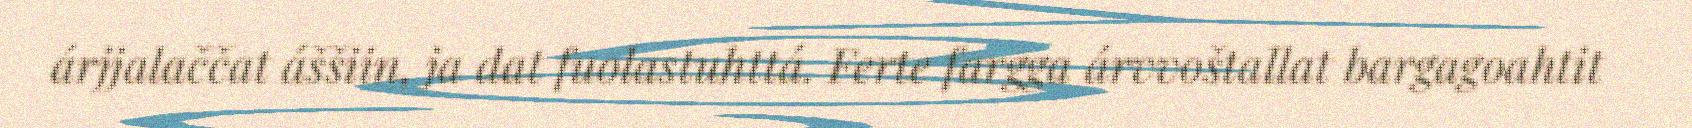
árjjalaččat áššiin, ja dat fuolastuhttá. Ferte fargga árvvoštallat bargagoahtit